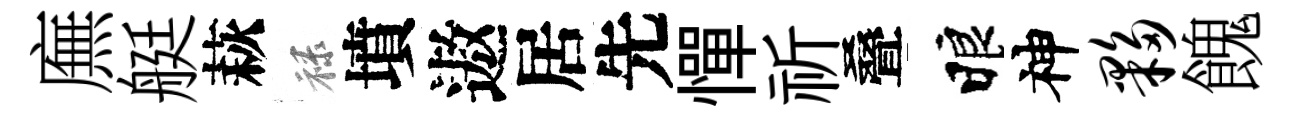
廡艇萩禄墳遨居先憚祈叠睱神夥餽